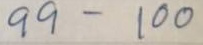
99 - 100